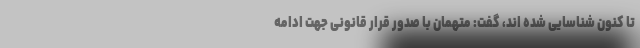
تا کنون شناسایی شده اند، گفت: متهمان با صدور قرار قانونی جهت ادامه